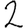
Digit: 2